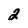
Character: 2